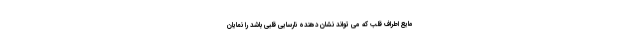
مایع اطراف قلب که می تواند نشان دهنده نارسایی قلبی باشد را نمایان